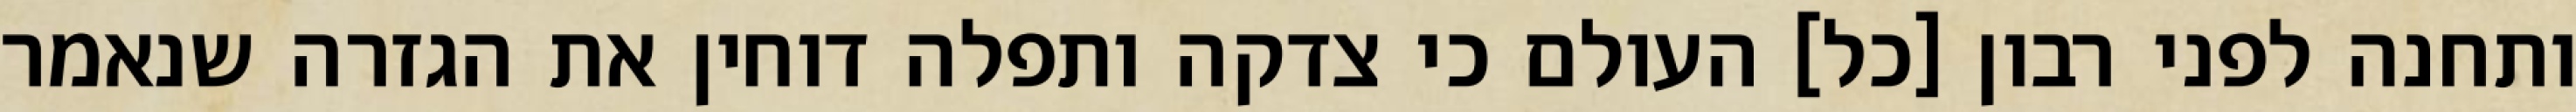
ותחנה לפני רבון [כל] העולם כי צדקה ותפלה דוחין את הגזרה שנאמר